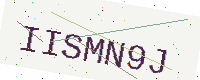
Text: IISMN9J